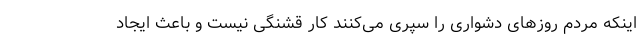
اینکه مردم روزهای دشواری را سپری می‌کنند کار قشنگی نیست و باعث ایجاد